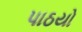
પાઠયો